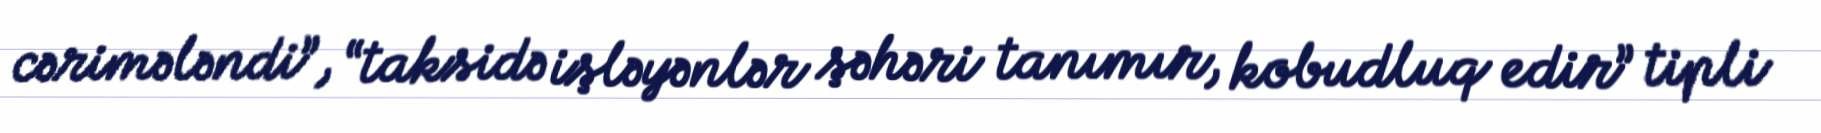
cərimələndi”, “taksidə işləyənlər şəhəri tanımır, kobudluq edir” tipli